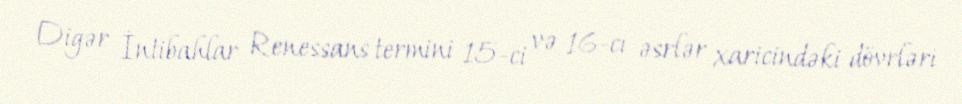
Digər İntibahlar Renessans termini 15-ci və 16-cı əsrlər xaricindəki dövrləri